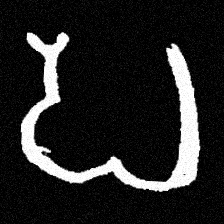
Pyu character \u2014 Myanmar letter: ပ (romanized: pa)